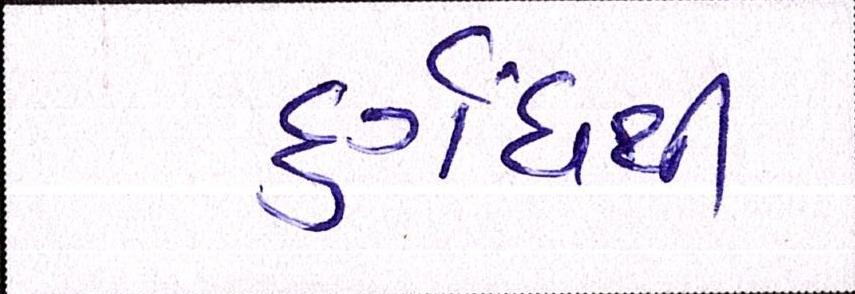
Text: દુર્ગંધથી